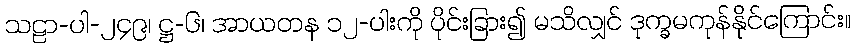
သဠာ-ပါ-၂၄၉၊ ဋ္ဌ-၆၊ အာယတန ၁၂-ပါးကို ပိုင်းခြား၍ မသိလျှင် ဒုက္ခမကုန်နိုင်ကြောင်း။